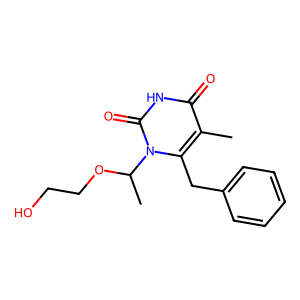
SMILES: Cc1c(Cc2ccccc2)n(C(C)OCCO)c(=O)[nH]c1=O
Inhibits HIV replication: No